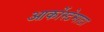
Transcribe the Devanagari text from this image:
आर्कोस्टेमाटा